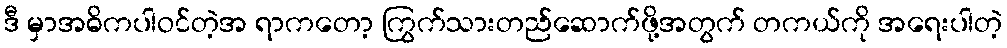
ဒီ မှာအဓိကပါဝင်တဲ့အ ရာကတော့ ကြွက်သားတည်ဆောက်ဖို့အတွက် တကယ်ကို အရေးပါတဲ့